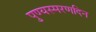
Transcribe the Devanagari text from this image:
पुण्यस्मरणदिन